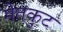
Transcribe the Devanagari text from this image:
मेतकुट